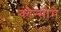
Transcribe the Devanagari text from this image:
कौन्सोमे